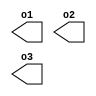
module ifdef_2_top(o1, o2, o3);

output wire o1;

`define COND_1
`define COND_2
`define COND_3

`ifdef COND_1
	output wire o2;
`elsif COND_2
	input wire dne1;
`elsif COND_3
	input wire dne2;
`else
	input wire dne3;
`endif

output wire o3;

endmodule